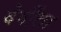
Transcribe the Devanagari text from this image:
देवींला